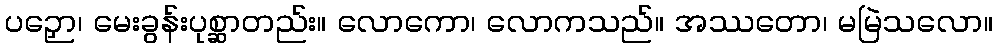
ပဉှော၊ မေးခွန်းပုစ္ဆာတည်း။ လောကော၊ လောကသည်။ အဿတော၊ မမြဲသလော။